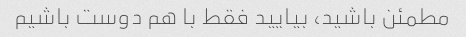
مطمئن باشید، بیایید فقط با هم دوست باشیم